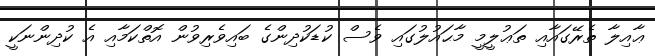
ޢާއިލާ ތެރޭގައާއި ތަޢުލީމީ މާޙައުލުގައި ވެސް ކުޑަކުދިންގެ ބައިވެރިވުން އޮތްކަމާއި އެ ކުދިންނަކީ